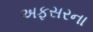
અફસરના